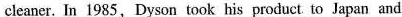
cleaner. In 1985,Dyson took his product to Japan and